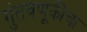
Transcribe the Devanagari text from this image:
गुंतवणूकीचा